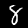
Label: 8